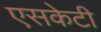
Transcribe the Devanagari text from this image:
एसकेटी